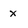
Character: x